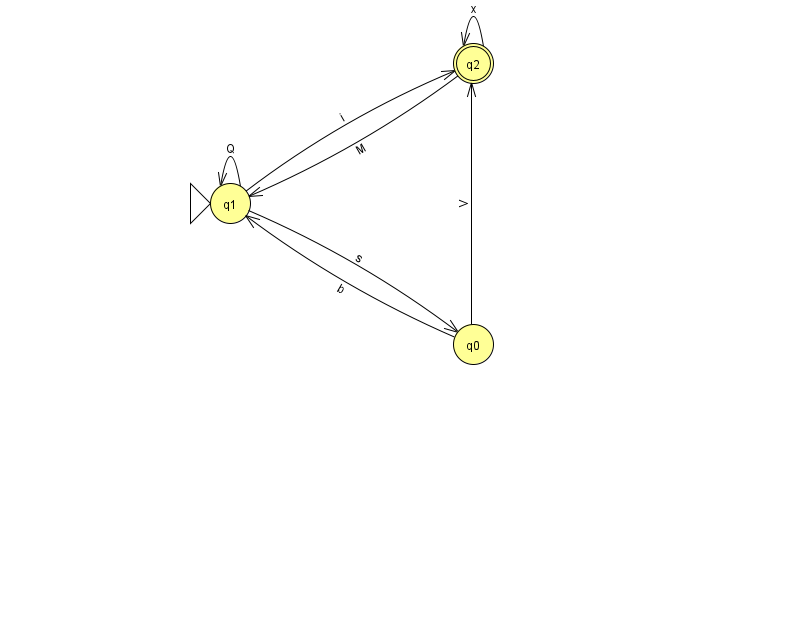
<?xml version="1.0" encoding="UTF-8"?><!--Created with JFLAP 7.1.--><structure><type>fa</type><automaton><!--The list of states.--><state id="0" name="q0"><x>473.0</x><y>331.0</y></state><state id="1" name="q1"><x>230.0</x><y>190.0</y><initial/></state><state id="2" name="q2"><x>473.0</x><y>50.0</y><final/></state><!--The list of transitions.--><transition><from>1</from><to>1</to><read>Q</read></transition><transition><from>0</from><to>1</to><read>b</read></transition><transition><from>2</from><to>1</to><read>M</read></transition><transition><from>1</from><to>0</to><read>s</read></transition><transition><from>1</from><to>2</to><read>i</read></transition><transition><from>2</from><to>2</to><read>x</read></transition><transition><from>0</from><to>2</to><read>V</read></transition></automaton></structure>